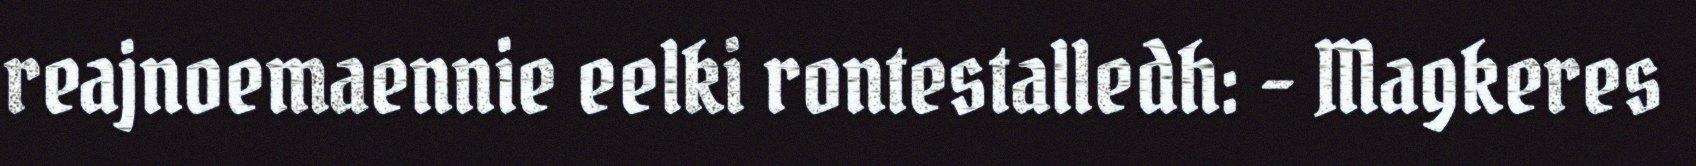
reajnoemaennie eelki rontestalledh: - Magkeres